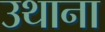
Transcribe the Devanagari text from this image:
उथाना